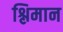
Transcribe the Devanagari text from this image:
श्लिमान